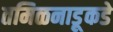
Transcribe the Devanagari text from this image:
तमिळनाडूकडे